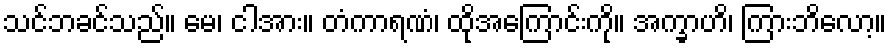
သင်ဘခင်သည်။ မေ၊ ငါအား။ တံကာရဏံ၊ ထိုအကြောင်းကို။ အက္ခာဟိ၊ ကြားဘိလော့။